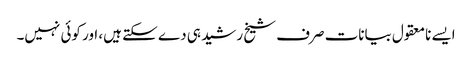
ایسے نامعقول بیانات صرف شیخ رشید ہی دے سکتے ہیں، اور کوئی نہیں۔